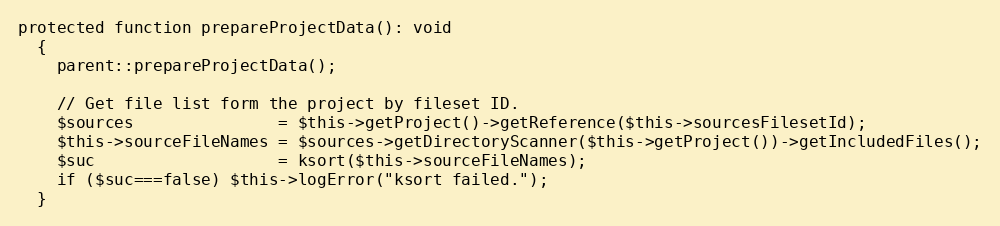
Language: PHP
protected function prepareProjectData(): void
  {
    parent::prepareProjectData();

    // Get file list form the project by fileset ID.
    $sources               = $this->getProject()->getReference($this->sourcesFilesetId);
    $this->sourceFileNames = $sources->getDirectoryScanner($this->getProject())->getIncludedFiles();
    $suc                   = ksort($this->sourceFileNames);
    if ($suc===false) $this->logError("ksort failed.");
  }